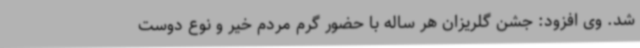
شد. وی افزود: جشن گلریزان هر ساله با حضور گرم مردم خیر و نوع دوست